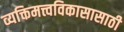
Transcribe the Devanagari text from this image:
व्यक्तिमत्त्वविकासासाठी